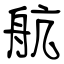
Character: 航